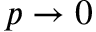
p \rightarrow 0